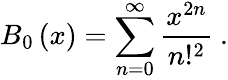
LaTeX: B_{0}\left(x\right)=\sum_{n=0}^{\infty}\frac{x^{2n}}{n!^{2}}\ .